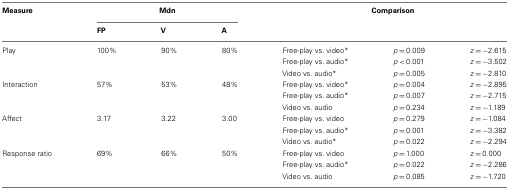
| Measure | <COLSPAN=3> Mdn | <COLSPAN=3> Comparison |
 |  | FP | V | A |  |
 | --- | --- | --- | --- | --- | --- | --- |
 | Play | 100% | 90% | 80% | Free-play vs. video* | p = 0.009 | z = −2.615 |
 |  |  |  |  | Free-play vs. audio* | p < 0.001 | z = −3.502 |
 |  |  |  |  | Video vs. audio* | p = 0.005 | z = −2.810 |
 | Interaction | 57% | 53% | 48% | Free-play vs. video* | p = 0.004 | z = −2.895 |
 |  |  |  |  | Free-play vs. audio* | p = 0.007 | z = −2.715 |
 |  |  |  |  | Video vs. audio | p = 0.234 | z = −1.189 |
 | Affect | 3.17 | 3.22 | 3.00 | Free-play vs. video | p = 0.279 | z = −1.084 |
 |  |  |  |  | Free-play vs. audio* | p = 0.001 | z = −3.382 |
 |  |  |  |  | Video vs. audio* | p = 0.022 | z = −2.294 |
 | Response ratio | 69% | 66% | 50% | Free-play vs. video | p = 1.000 | z = 0.000 |
 |  |  |  |  | Free-play vs. audio* | p = 0.022 | z = −2.286 |
 |  |  |  |  | Video vs. audio | p = 0.085 | z = −1.720 |